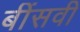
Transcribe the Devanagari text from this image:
बींसवी